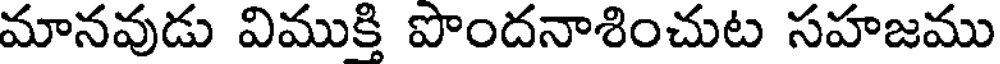
మానవుడు విముక్తి పొందనాశించుట సహజము